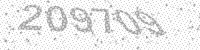
Solution: 209709